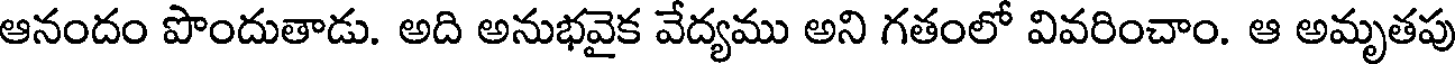
ఆనందం పొందుతాడు. అది అనుభవైక వేద్యము అని గతంలో వివరించాం. ఆ అమృతపు